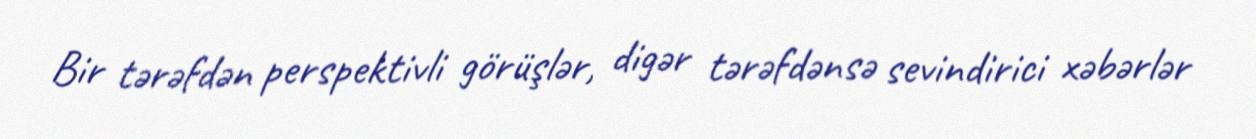
Bir tərəfdən perspektivli görüşlər, digər tərəfdənsə sevindirici xəbərlər